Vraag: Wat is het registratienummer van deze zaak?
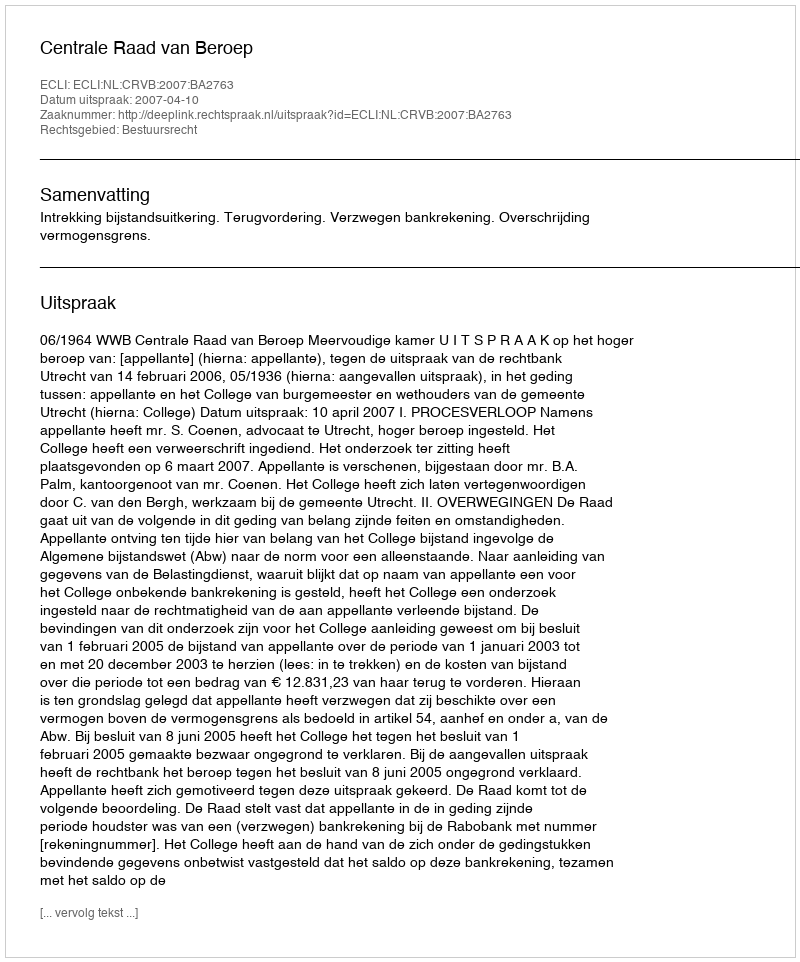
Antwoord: http://deeplink.rechtspraak.nl/uitspraak?id=ECLI:NL:CRVB:2007:BA2763